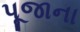
પૂજાના